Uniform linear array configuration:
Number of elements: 16
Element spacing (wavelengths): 0.75
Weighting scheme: uniform
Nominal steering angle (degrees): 15
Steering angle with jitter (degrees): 14.008
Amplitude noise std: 0.05
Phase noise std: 0.05

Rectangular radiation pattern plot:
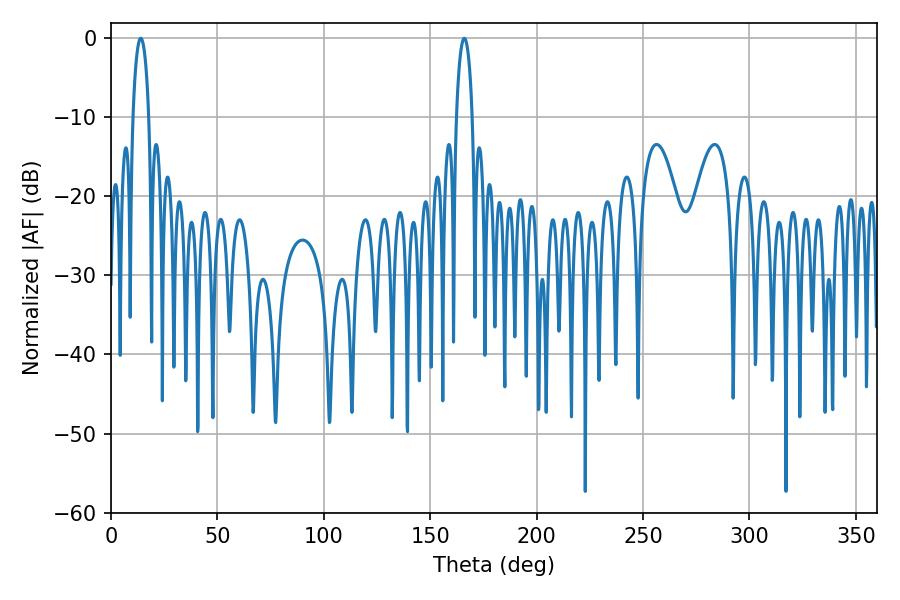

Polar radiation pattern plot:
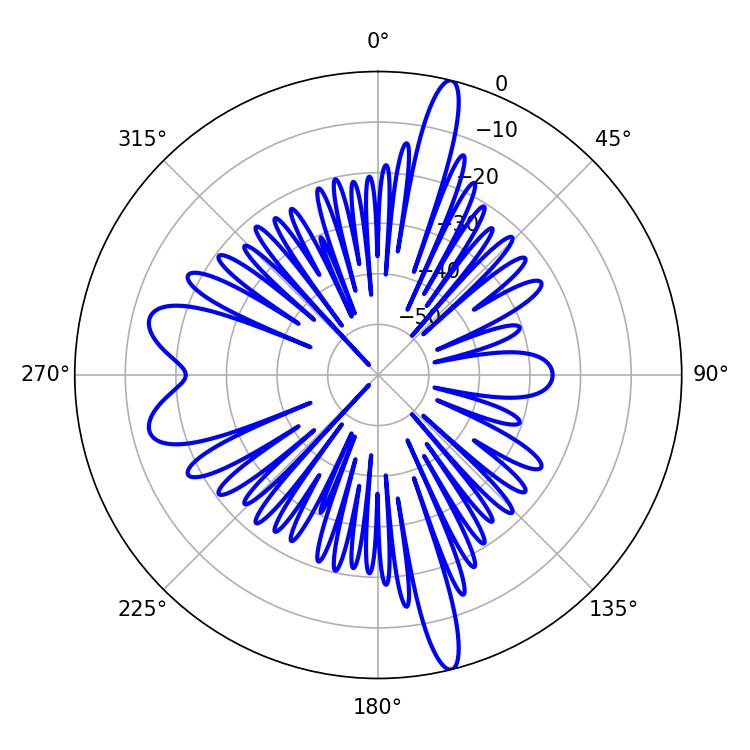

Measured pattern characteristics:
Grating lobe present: TRUE
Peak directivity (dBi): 19.801
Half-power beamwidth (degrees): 4.14
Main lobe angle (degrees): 14.04